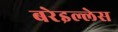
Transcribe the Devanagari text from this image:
बरेइल्लेस